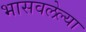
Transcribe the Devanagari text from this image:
भासवलेल्या